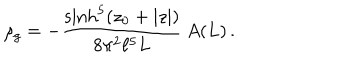
LaTeX: \rho _ { g } = - \frac { \sinh ^ { 5 } ( z _ { 0 } + | z | ) } { 8 \pi ^ { 2 } \ell ^ { 5 } L } \, A ( L ) \, .